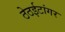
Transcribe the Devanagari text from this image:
ठेठईटांगर